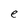
Character: e